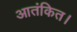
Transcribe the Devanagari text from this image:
आतंकित।